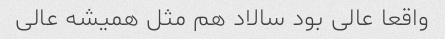
واقعا عالی بود سالاد هم مثل همیشه عالی